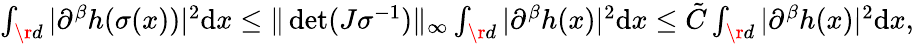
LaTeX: \begin{array}{r}{\int_{\r{d}}\vert\partial^{\beta}h(\sigma(x))\vert^{2}\mathrm{d}x\le\Vert\det(J\sigma^{-1})\Vert_{\infty}\int_{\r{d}}\vert\partial^{\beta}h(x)\vert^{2}\mathrm{d}x\le\tilde{C}\int_{\r{d}}\vert\partial^{\beta}h(x)\vert^{2}\mathrm{d}x,}\end{array}